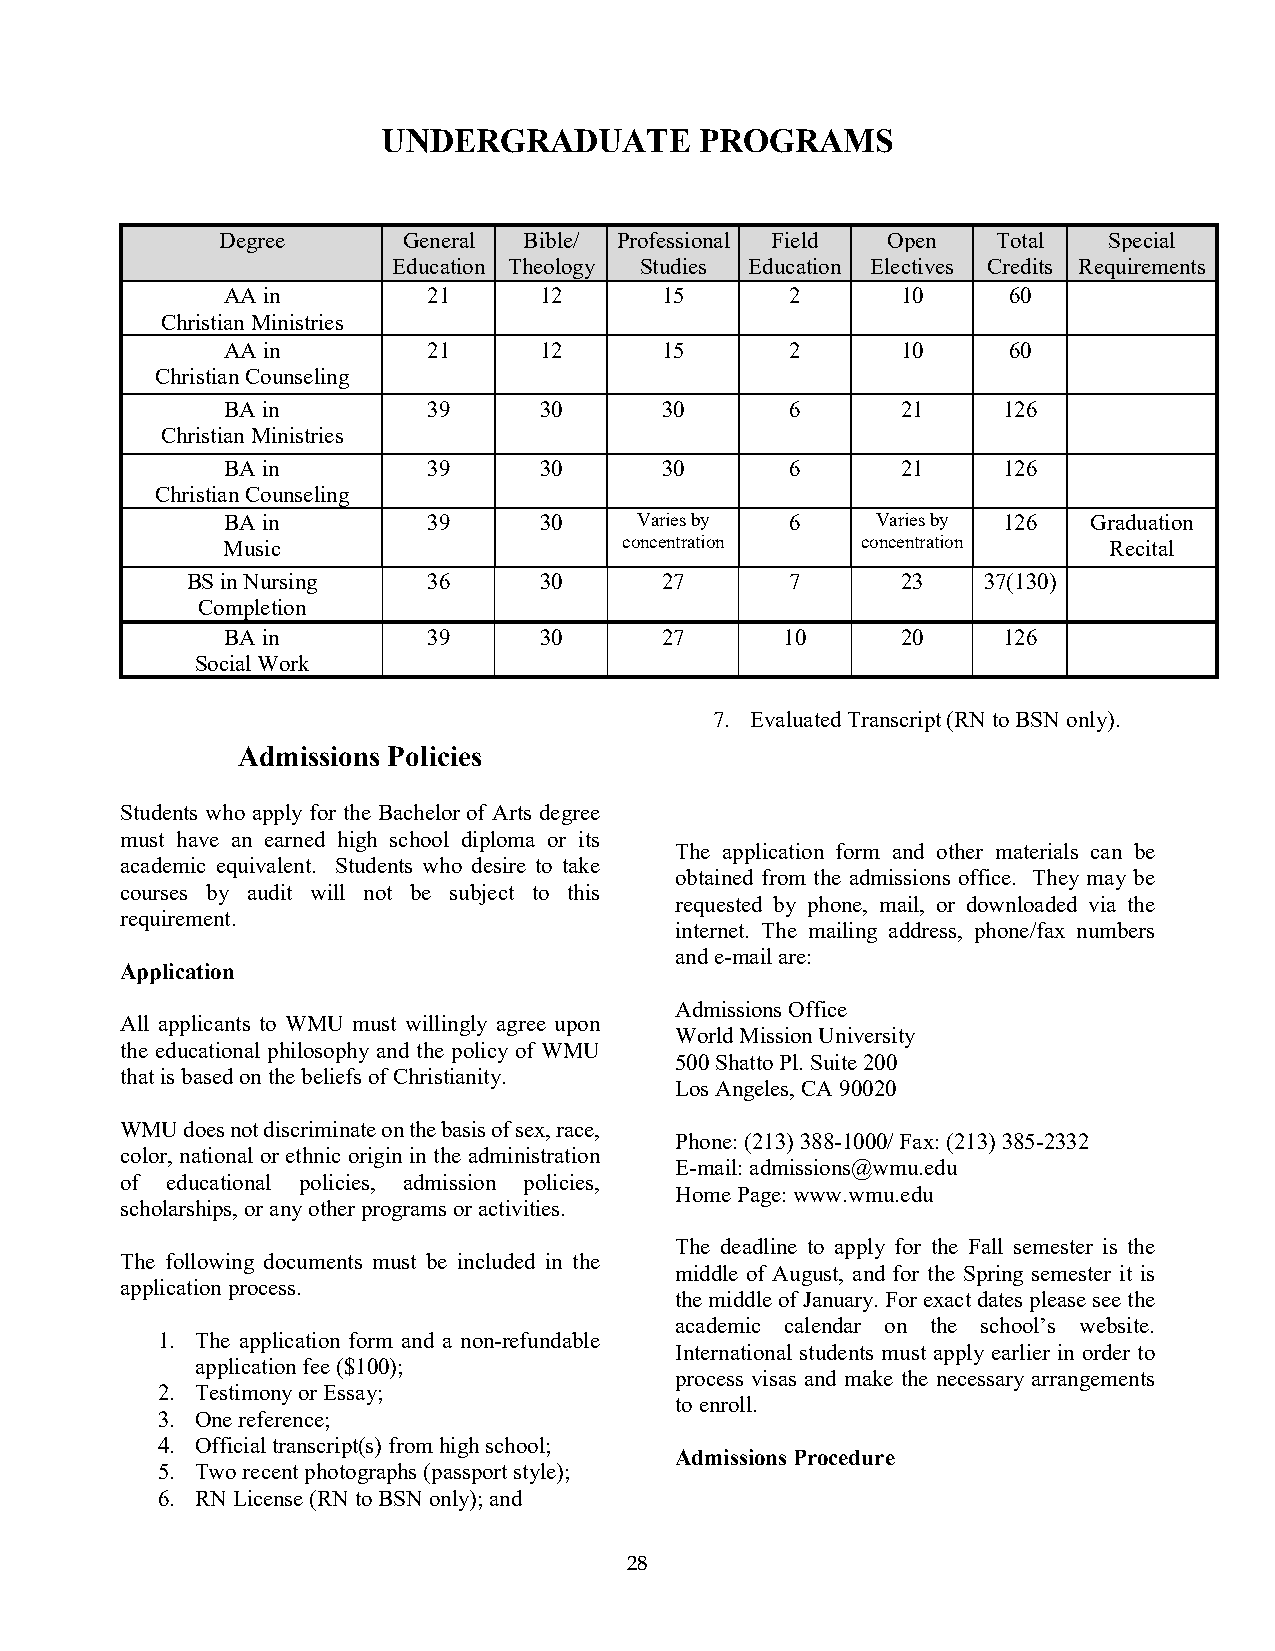
UNDERGRADUATE        PROGRAMS
 Degree      General Bible/ Professional Field Open Total  Special
 Education Theology Studies Education Electives Credits Requirements
 AA in        21      12      15      2       10     60
 Christian Ministries
 AA in        21      12      15      2       10     60
 Christian Counseling
 BA in        39      30      30      6       21    126
 Christian Ministries
 BA in        39      30      30      6       21    126
 Christian Counseling
 BA in        39      30    Varies by 6     Varies by 126 Graduation
 Music                     concentration   concentration   Recital
 BS in Nursing   36      30      27      7       23   37(130)
 Completion
 BA in        39      30      27      10      20    126
 Social Work
 7. Evaluated Transcript (RN to BSN only).
 Admissions Policies
 Students who apply for the Bachelor of Arts degree
 must have an earned high school diploma or its
 The application form and other materials can be
 academic equivalent. Students who desire to take
 obtained from the admissions office. They may be
 courses by audit will not be subject to this
 requested by phone, mail, or downloaded via the
 requirement.
 internet. The mailing address, phone/fax numbers
 and e-mail are:
 Application
 Admissions Office
 All applicants to WMU must willingly agree upon
 World Mission University
 the educational philosophy and the policy of WMU
 500 Shatto Pl. Suite 200
 that is based on the beliefs of Christianity.
 Los Angeles, CA 90020
 WMU does not discriminate on the basis of sex, race,
 Phone: (213) 388-1000/ Fax: (213) 385-2332
 color, national or ethnic origin in the administration
 E-mail: admissions@wmu.edu
 of educational policies, admission policies,
 Home Page: www.wmu.edu
 scholarships, or any other programs or activities.
 The deadline to apply for the Fall semester is the
 The following documents must be included in the
 middle of August, and for the Spring semester it is
 application process.
 the middle of January. For exact dates please see the
 academic calendar on the school’s website.
 1. The application form and a non-refundable
 International students must apply earlier in order to
 application fee ($100);
 process visas and make the necessary arrangements
 2. Testimony or Essay;
 to enroll.
 3. One reference;
 4. Official transcript(s) from high school;
 Admissions Procedure
 5. Two recent photographs (passport style);
 6. RN License (RN to BSN only); and
 28